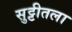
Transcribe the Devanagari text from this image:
सुट्टीतला